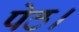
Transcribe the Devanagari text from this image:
पेठ।